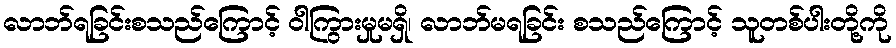
လာဘ်ရခြင်းစသည်ကြောင့် ဝါကြွားမှုမရှိ၊ လာဘ်မရခြင်း စသည်ကြောင့် သူတစ်ပါးတို့ကို